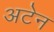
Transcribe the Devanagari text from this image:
अटेन